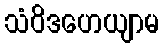
သံဝိဒဟေယျာမ